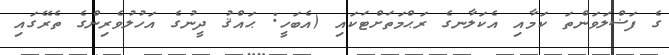
ގެ ފަޟްލަވަންތަ ކަމާއި އެކަލާނގެ ރަޙްމަތަށްޓަކައި (އެބަހީ: ޙައްޤު ދީނުގެ އަހުލުވެރިންގެ ތެރޭގައި